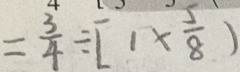
= \frac { 3 } { 4 } \div [ 1 \times \frac { 5 } { 8 } ]